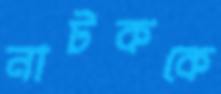
নাটককে